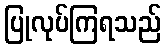
ပြုလုပ်ကြရသည်